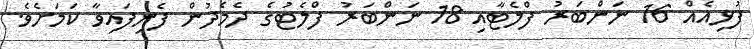
ފުޅިއެއް 16 ނަންބަރު ފްލެޓާއި 18 ނަންބަރު ފްލެޓުގެ ދެމެދުން ފެނިފައިވާ ކަމަށެވެ.